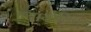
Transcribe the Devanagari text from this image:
न्यायोचित।